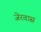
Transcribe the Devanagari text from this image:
जेरवास